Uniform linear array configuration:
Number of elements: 32
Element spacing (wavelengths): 1
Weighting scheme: hamming
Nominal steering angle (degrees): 30
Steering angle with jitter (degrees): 28.738
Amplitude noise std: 0.05
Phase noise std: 0.05

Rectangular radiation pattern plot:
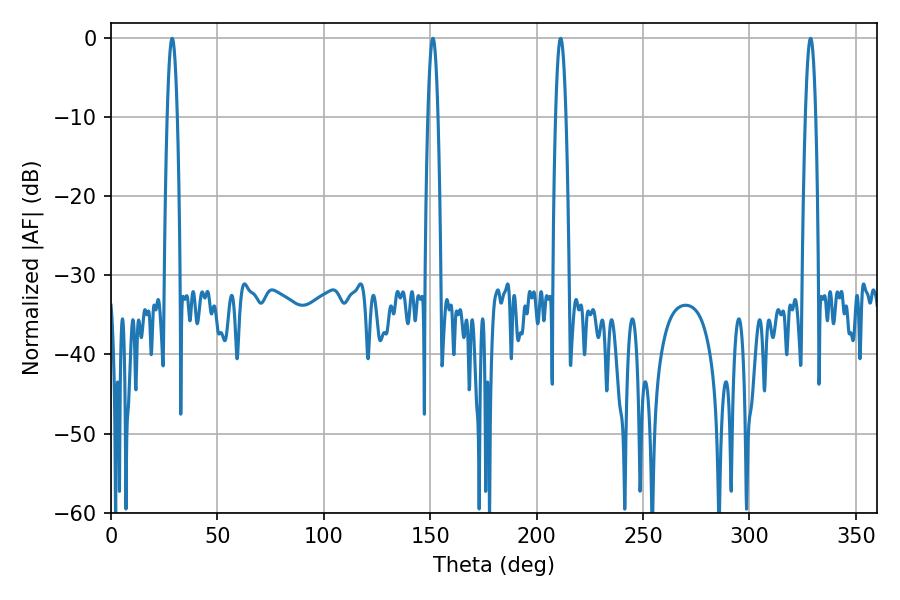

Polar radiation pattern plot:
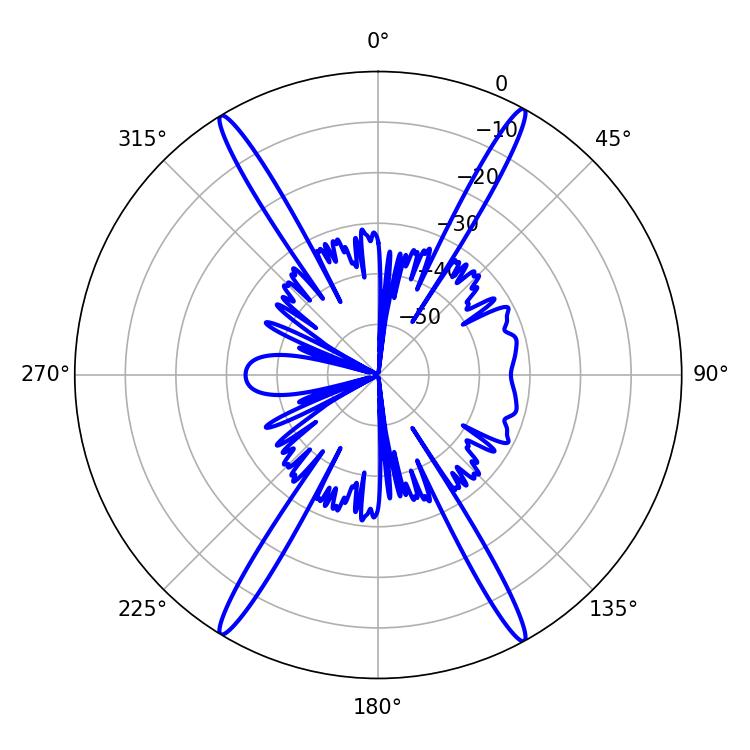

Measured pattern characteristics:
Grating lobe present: TRUE
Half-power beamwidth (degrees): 2.52
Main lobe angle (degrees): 328.68